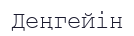
Деңгейін